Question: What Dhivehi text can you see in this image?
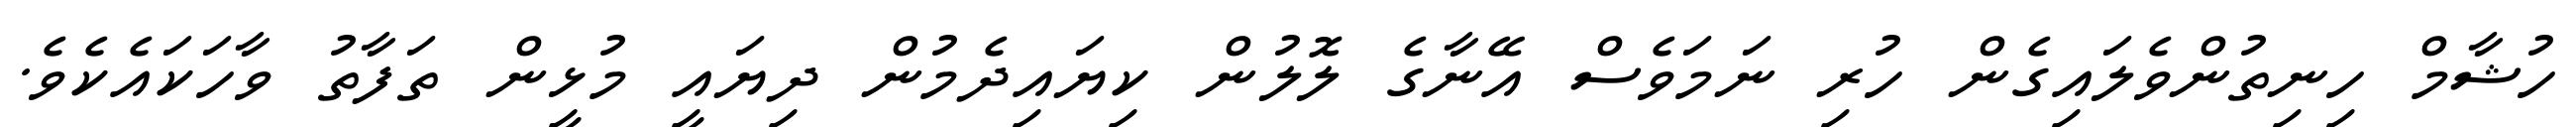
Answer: ހުޝާމް ހިނިތުންވެލައިގެން ހުރި ނަމަވެސް އޭނާގެ ލޮލުން ކިޔައިދެމުން ދިޔައީ މުޅީން ތަފާތު ވާހަކައެކެވެ.